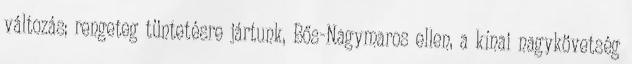
változás; rengeteg tüntetésre jártunk, Bős-Nagymaros ellen, a kínai nagykövetség